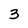
Character: 3